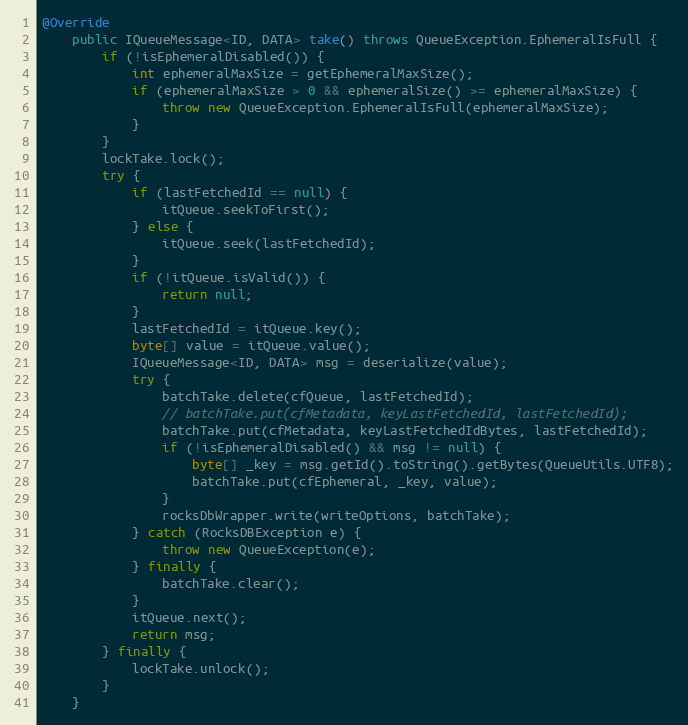
Language: Java
@Override
    public IQueueMessage<ID, DATA> take() throws QueueException.EphemeralIsFull {
        if (!isEphemeralDisabled()) {
            int ephemeralMaxSize = getEphemeralMaxSize();
            if (ephemeralMaxSize > 0 && ephemeralSize() >= ephemeralMaxSize) {
                throw new QueueException.EphemeralIsFull(ephemeralMaxSize);
            }
        }
        lockTake.lock();
        try {
            if (lastFetchedId == null) {
                itQueue.seekToFirst();
            } else {
                itQueue.seek(lastFetchedId);
            }
            if (!itQueue.isValid()) {
                return null;
            }
            lastFetchedId = itQueue.key();
            byte[] value = itQueue.value();
            IQueueMessage<ID, DATA> msg = deserialize(value);
            try {
                batchTake.delete(cfQueue, lastFetchedId);
                // batchTake.put(cfMetadata, keyLastFetchedId, lastFetchedId);
                batchTake.put(cfMetadata, keyLastFetchedIdBytes, lastFetchedId);
                if (!isEphemeralDisabled() && msg != null) {
                    byte[] _key = msg.getId().toString().getBytes(QueueUtils.UTF8);
                    batchTake.put(cfEphemeral, _key, value);
                }
                rocksDbWrapper.write(writeOptions, batchTake);
            } catch (RocksDBException e) {
                throw new QueueException(e);
            } finally {
                batchTake.clear();
            }
            itQueue.next();
            return msg;
        } finally {
            lockTake.unlock();
        }
    }